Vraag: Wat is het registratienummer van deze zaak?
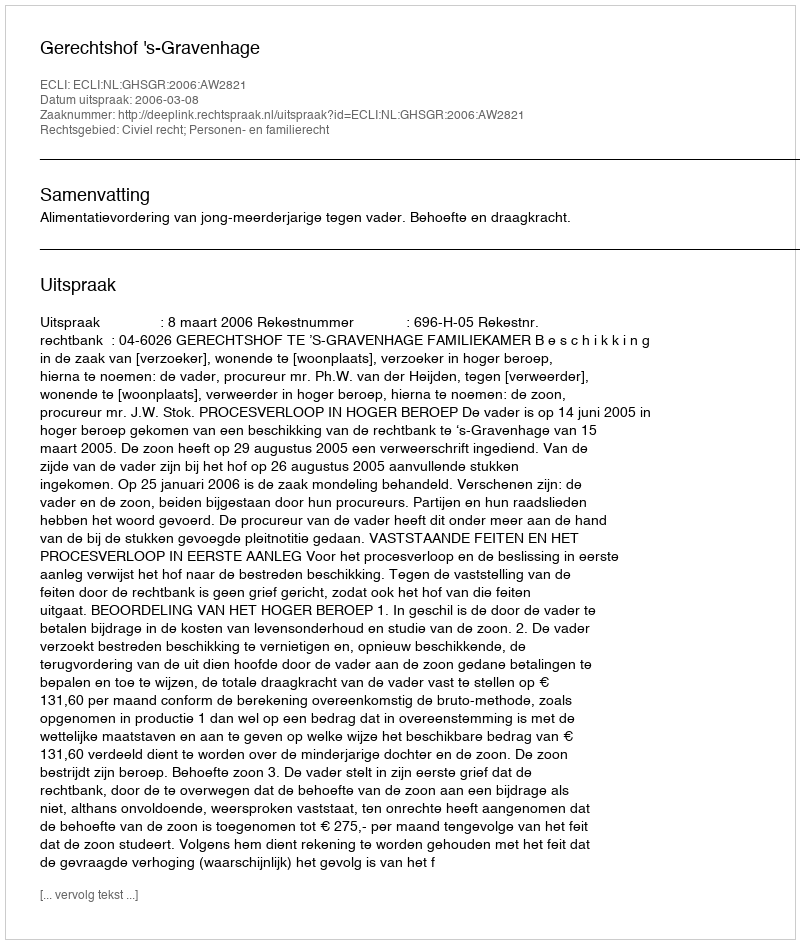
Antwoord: http://deeplink.rechtspraak.nl/uitspraak?id=ECLI:NL:GHSGR:2006:AW2821